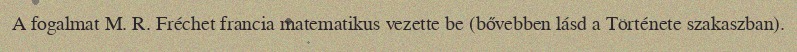
A fogalmat M. R. Fréchet francia matematikus vezette be (bővebben lásd a Története szakaszban).